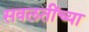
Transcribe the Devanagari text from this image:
सवलतींच्या